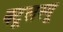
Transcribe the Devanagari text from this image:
क्टूलस्यू